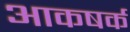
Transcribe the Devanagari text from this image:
आकषर्क